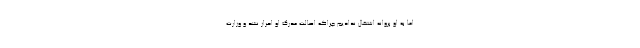
اما به او پروانه اشتغال ندادیم چراکه اصالت مدرک او احراز نشد و وزارت